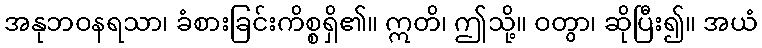
အနုဘဝနရသာ၊ ခံစားခြင်းကိစ္စရှိ၏။ ဣတိ၊ ဤသို့။ ဝတွာ၊ ဆိုပြီး၍။ အယံ